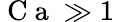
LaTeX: \mathrm{~C~a~}\gg 1